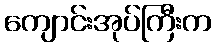
ကျောင်းအုပ်ကြီးက